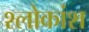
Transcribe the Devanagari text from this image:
श्लोकांश